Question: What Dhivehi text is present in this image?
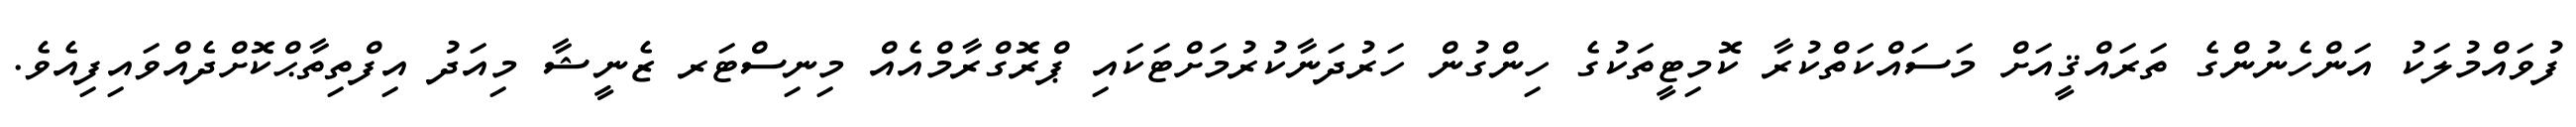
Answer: ފުވައްމުލަކު އަންހެނުންގެ ތަރައްޤީއަށް މަސައްކަތްކުރާ ކޮމިޓީތަކުގެ ހިންގުން ހަރުދަނާކުރުމަށްޓަކައި ޕްރޮގްރާމްއެއް މިނިސްޓަރ ޒެނީޝާ މިއަދު އިފްތިތާޙްކޮށްދެއްވައިފިއެވެ.